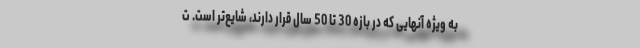
به ویژه آنهایی که در بازه 30 تا 50 سال قرار دارند، شایع‌تر است. ت